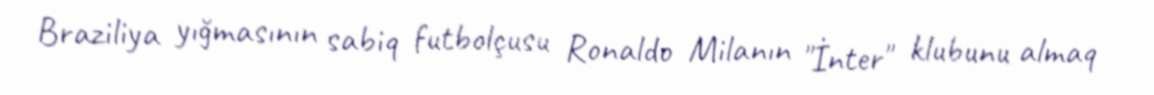
Braziliya yığmasının sabiq futbolçusu Ronaldo Milanın "İnter" klubunu almaq